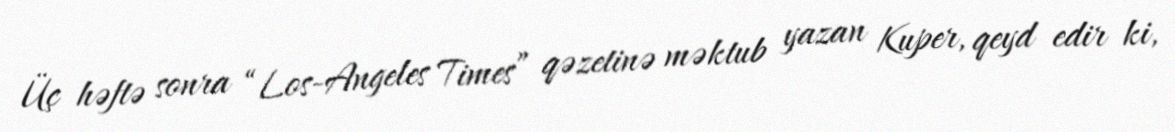
Üç həftə sonra “Los-Angeles Times” qəzetinə məktub yazan Kuper, qeyd edir ki,